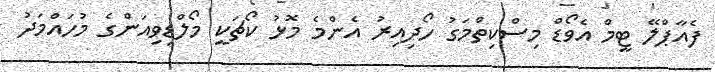
ފެއާޕްލޭ ޓީމް އެވޯޑް މިސްކިތްމަގު ހޯދިއިރު އެންމެ މޮޅު ކޯޗަކީ މޯލްޑިވިއަންގެ މުހައްމަދު